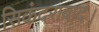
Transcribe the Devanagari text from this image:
सिकंदराबाद।